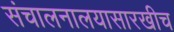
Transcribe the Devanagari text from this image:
संचालनालयासारखीच